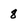
Character: 8